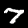
Digit: 7